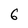
Character: 6